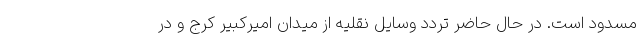
مسدود است. در حال حاضر تردد وسایل نقلیه از میدان امیرکبیر کرج و در